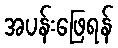
အပန်းဖြေရန်